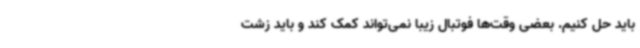
باید حل کنیم. بعضی وقت‌ها فوتبال زیبا نمی‌تواند کمک کند و باید زشت